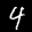
Label: 4